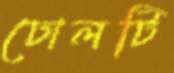
ঢোলটি